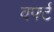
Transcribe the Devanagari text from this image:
वर्फ्ट